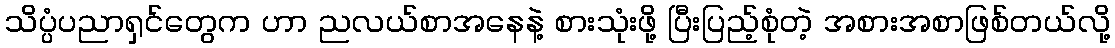
သိပ္ပံပညာရှင်တွေက ဟာ ညလယ်စာအနေနဲ့ စားသုံးဖို့ ပြီးပြည့်စုံတဲ့ အစားအစာဖြစ်တယ်လို့